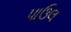
પાઉલ